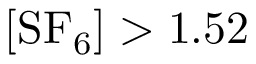
[ \mathrm { { S F _ { 6 } } ] > 1 . 5 2 }